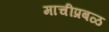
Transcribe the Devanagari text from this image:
माचीप्रबळ